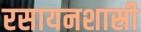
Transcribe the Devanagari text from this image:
रसायनशास्री